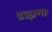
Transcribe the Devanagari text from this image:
ब्राह्मणाः